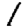
Digit: 1